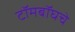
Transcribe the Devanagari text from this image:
टॉमबॉघचे